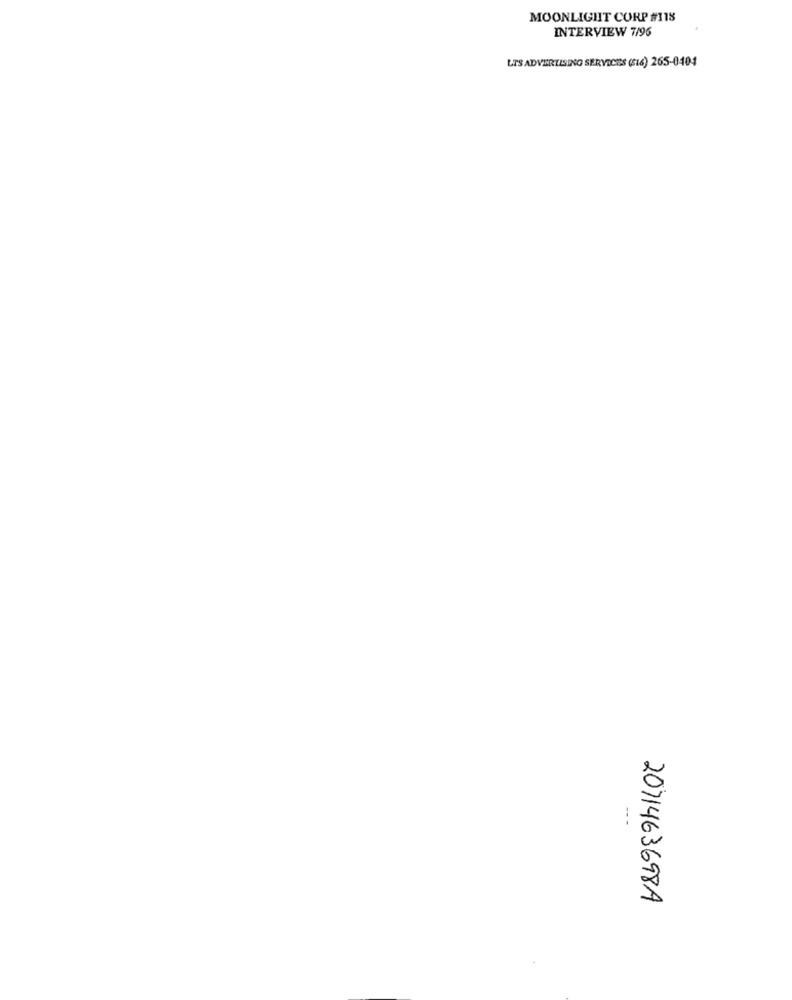
MOONLIGHT CORP #118
INTERVIEW 7/96
LIS ADVERTISING SERVICES (S16) 265-0404
2071463698A